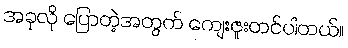
အခုလို ပြောတဲ့အတွက် ကျေးဇူးတင်ပါတယ်။